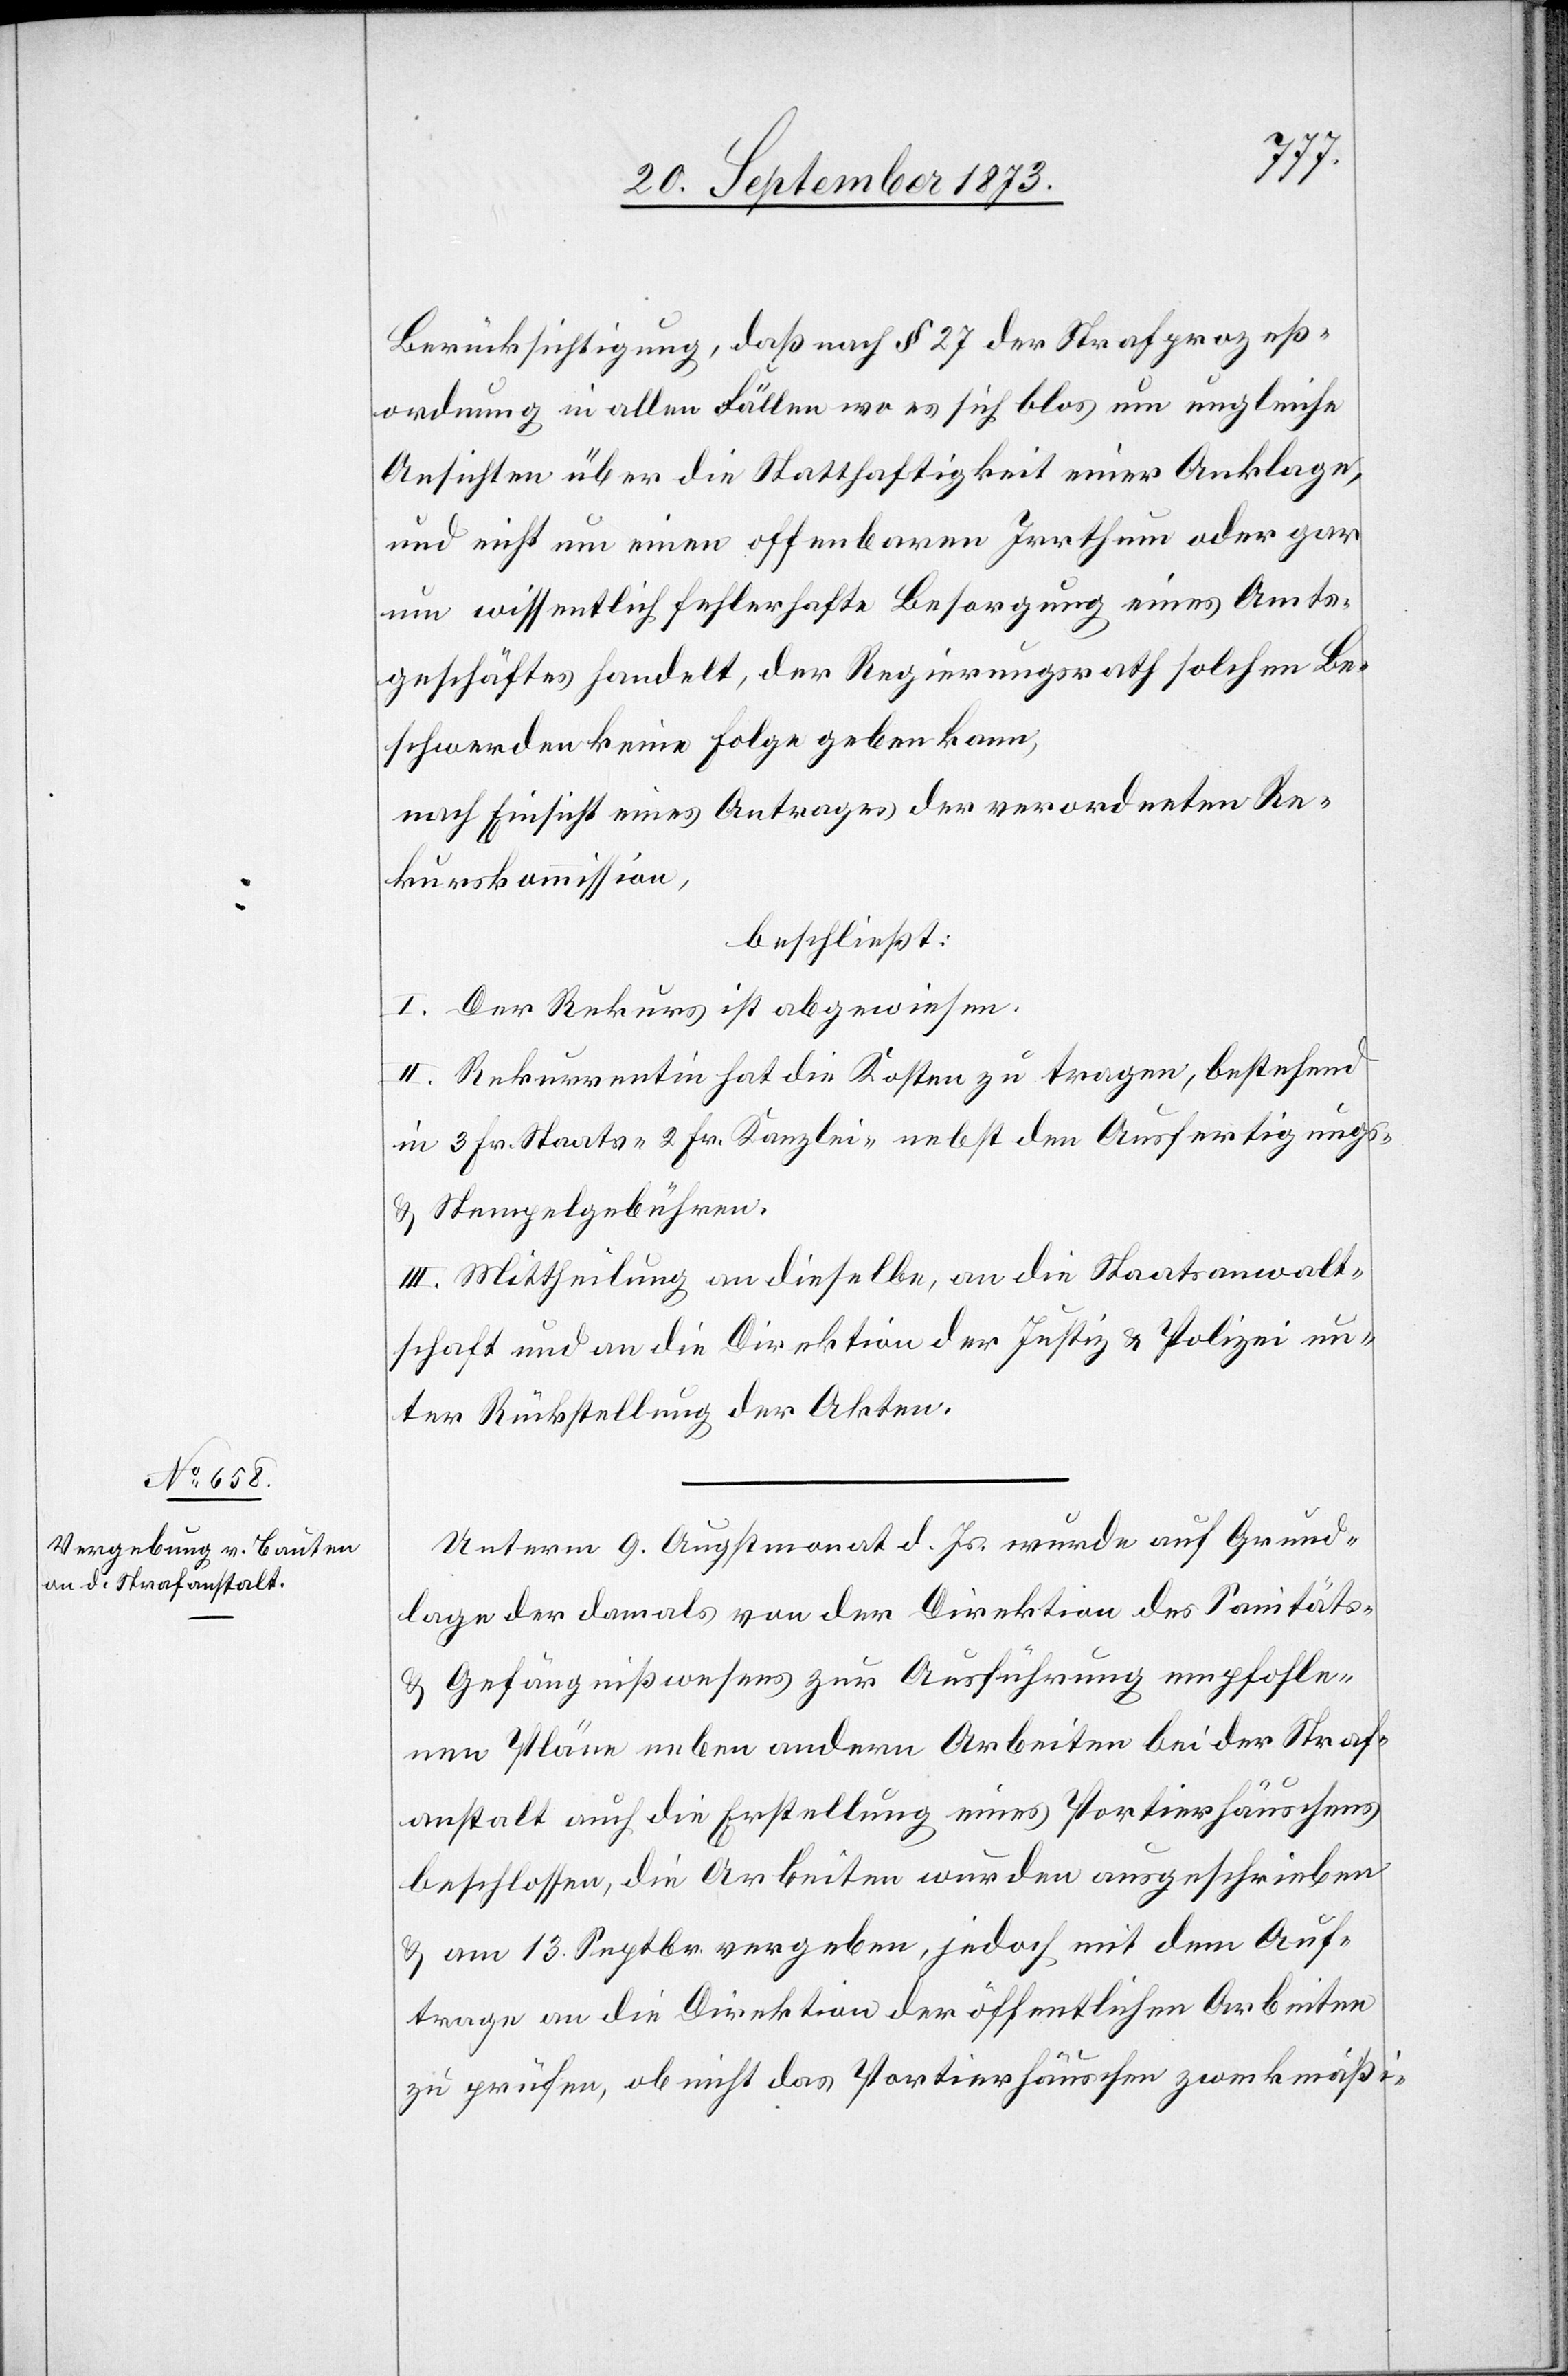
Berücksichtigung, daß nach § 27 der Strafprozeß¬
ordnung in allen Fällen wo es sich blos um ungleiche
Ansichten über die Statthaftigkeit einer Anklage,
und nicht um einen offenbaren Irrthum oder gar
um wissentlich fehlerhafte Besorgung eines Amts¬
geschäftes handelt, der Regierungsrath solchen Be¬
schwerden keine Folge geben kann,
nach Einsicht eines Antrages der verordneten Re¬
kurskommission,
beschließt:
I. Der Rekurs ist abgewiesen.
II. Rekurrentin hat die Kosten zu tragen, bestehend
in 3 Fr. Staats- 2 Fr. Kanzlei- nebst den Ausfertigungs-
& Stempelgebühren.
III. Mittheilung an dieselbe, an die Staatsanwalt¬
schaft und an die Direktion der Justiz & Polizei un¬
ter Rückstellung der Akten.
Unterm 9. Augstmonat d. Js. wurde auf Grund¬
lage der damals von der Direktion des Sanitäts-
& Gefängnißwesens zur Ausführung empfohle¬
nen Pläne neben andern Arbeiten bei der Straf¬
anstalt auch die Erstellung eines Portierhäuschens
beschlossen, die Arbeiten wurden ausgeschrieben
& am 13. Septbr. vergeben, jedoch mit dem Auf¬
trage an die Direktion der öffentlichen Arbeiten
zu prüfen, ob nicht das Portierhäuschen zweckmäßi-